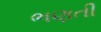
ભણતી